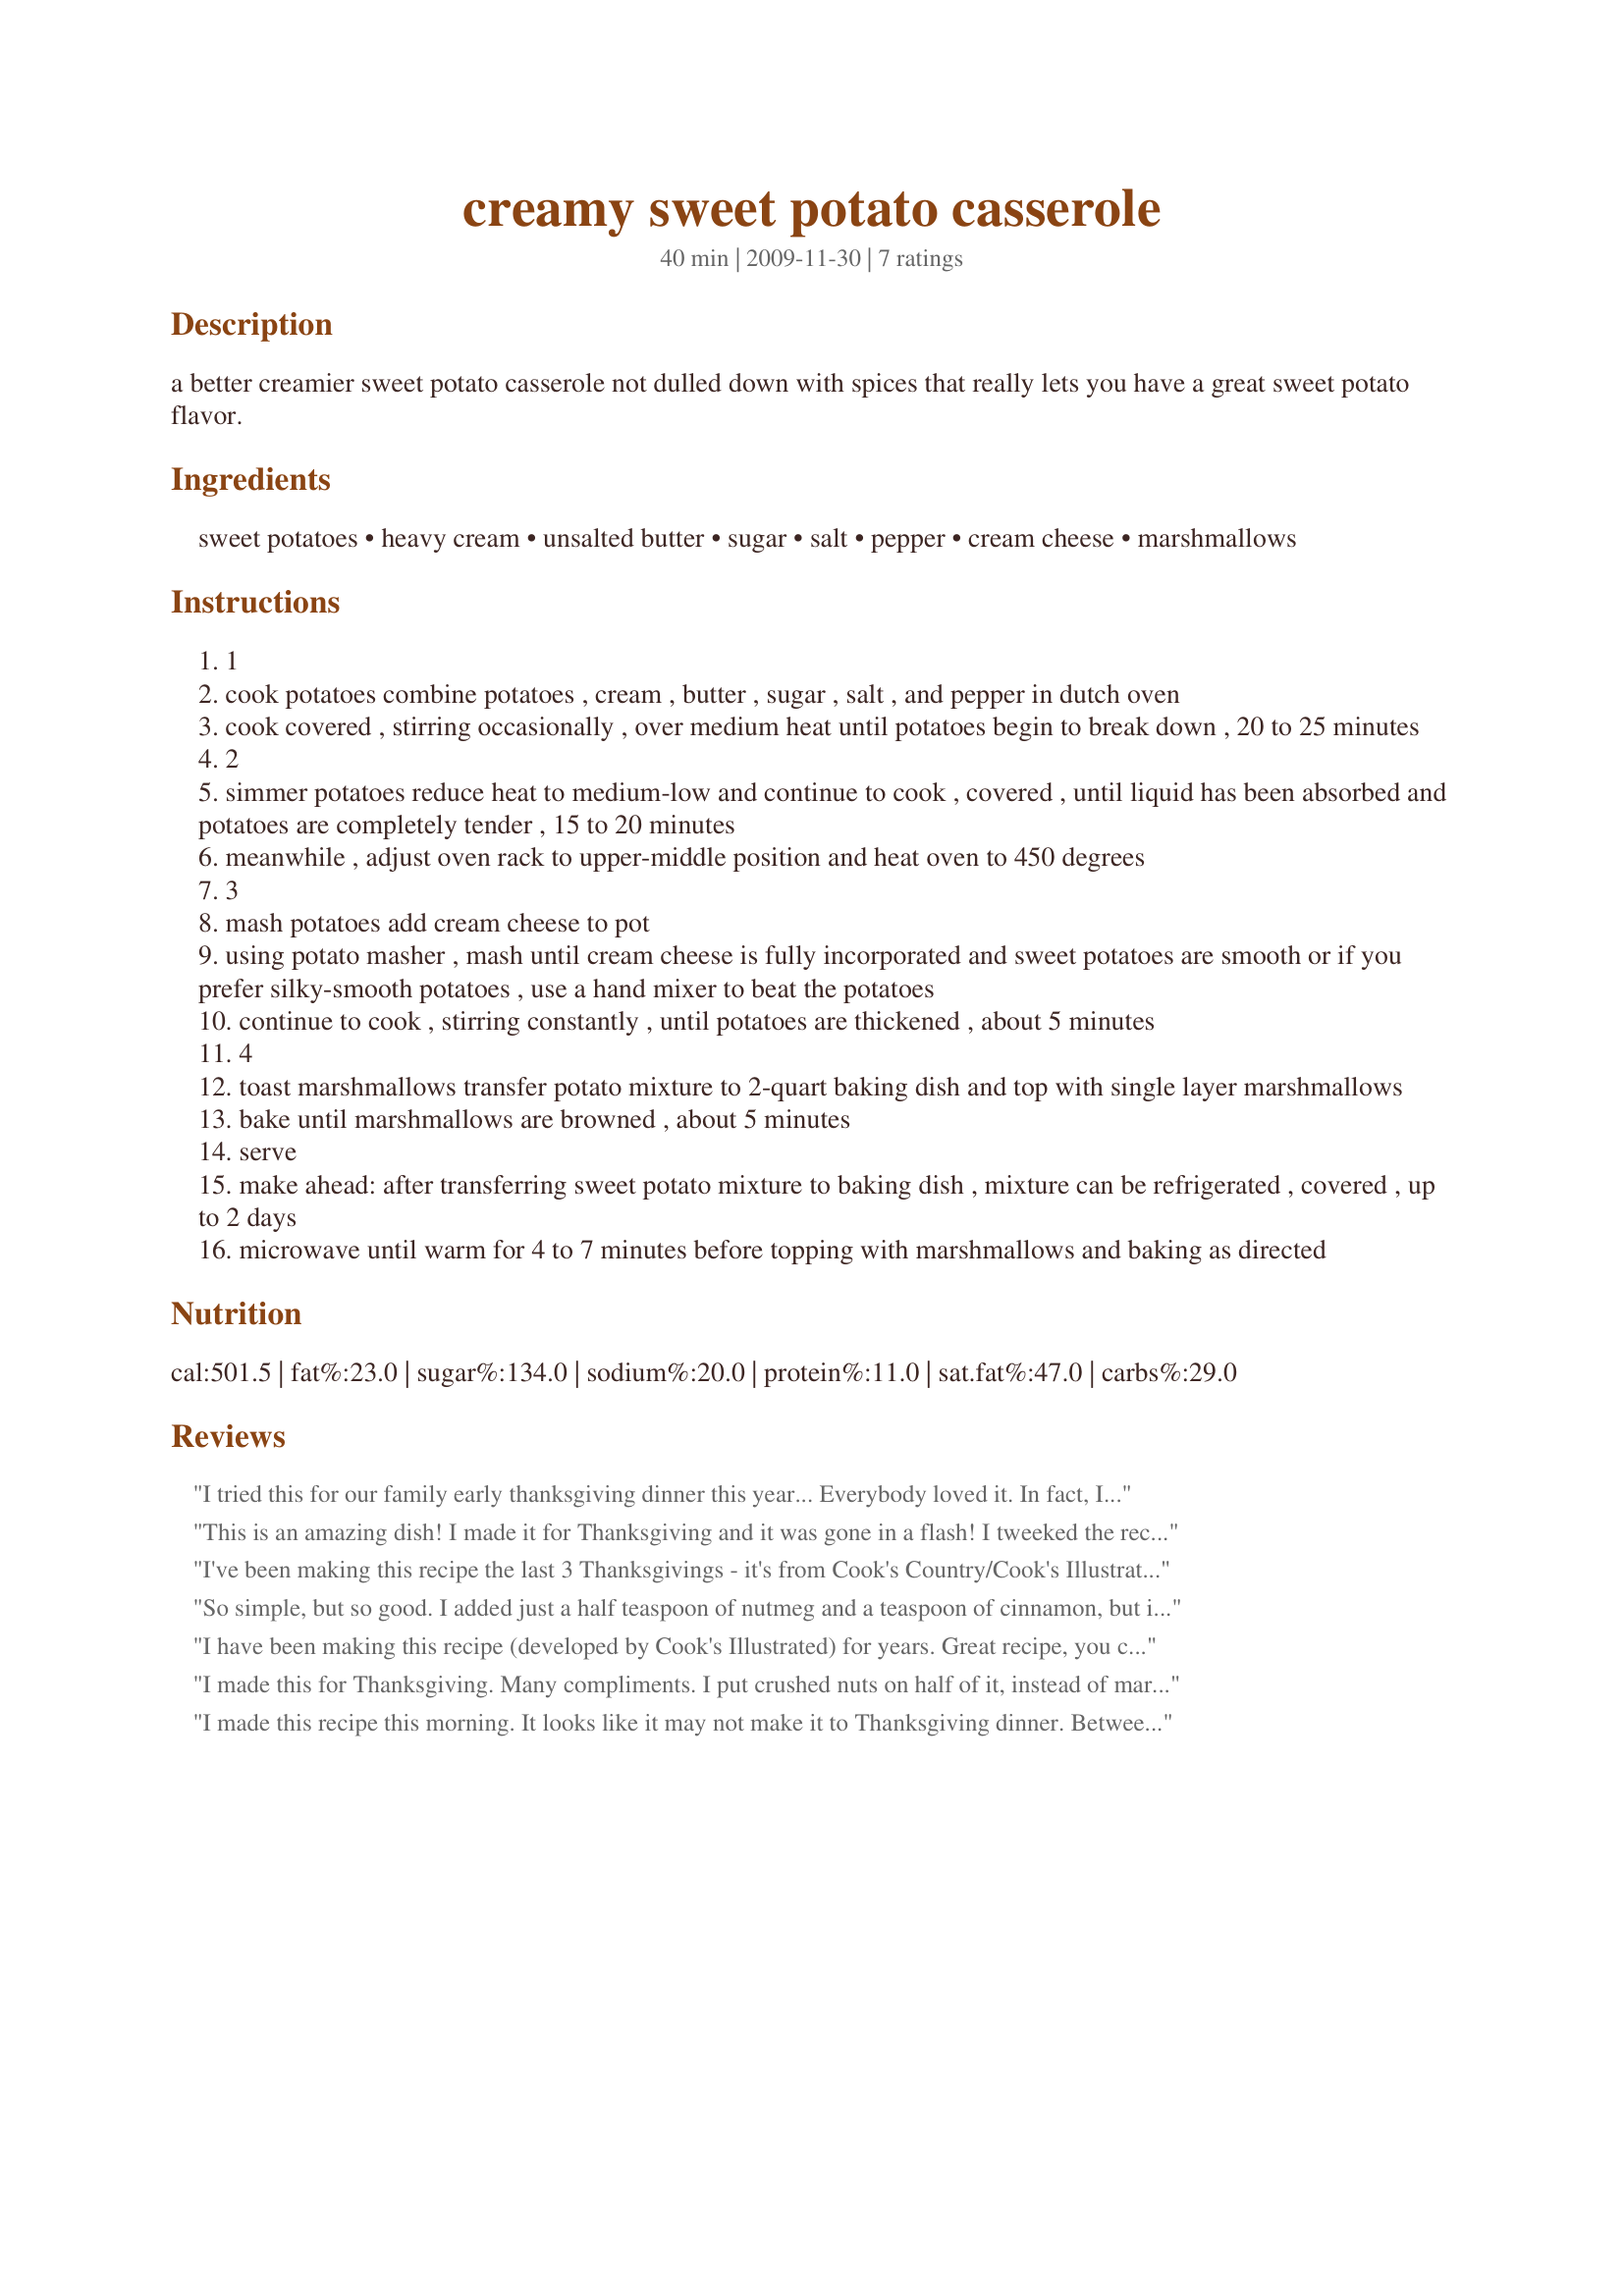
creamy sweet potato casserole
Preparation time: 40 minutes

a better creamier sweet potato casserole not dulled down with spices that really lets you have a great sweet potato flavor.

Ingredients:
sweet potatoes, heavy cream, unsalted butter, sugar, salt, pepper, cream cheese, marshmallows

Steps:
1
cook potatoes combine potatoes , cream , butter , sugar , salt , and pepper in dutch oven
cook covered , stirring occasionally , over medium heat until potatoes begin to break down , 20 to 25 minutes
2
simmer potatoes reduce heat to medium-low and continue to cook , covered , until liquid has been absorbed and potatoes are completely tender , 15 to 20 minutes
meanwhile , adjust oven rack to upper-middle position and heat oven to 450 degrees
3
mash potatoes add cream cheese to pot
using potato masher , mash until cream cheese is fully incorporated and sweet potatoes are smooth or if you prefer silky-smooth potatoes , use a hand mixer to beat the potatoes
continue to cook , stirring constantly , until potatoes are thickened , about 5 minutes
4
toast marshmallows transfer potato mixture to 2-quart baking dish and top with single layer marshmallows
bake until marshmallows are browned , about 5 minutes
serve
make ahead: after transferring sweet potato mixture to baking dish , mixture can be refrigerated , covered , up to 2 days
microwave until warm for 4 to 7 minutes before topping with marshmallows and baking as directed

Reviews:
I tried this for our family early thanksgiving dinner this year... Everybody loved it. In fact, I think this is the best recipe that I have tried so far. The cream cheese gave a unique savory, creamy, and sweet taste. Love it!
This is an amazing dish! I made it for Thanksgiving and it was gone in a flash! I tweeked the recipe just pinch. I added 4oz of cream cheese and added 1oz of peacans. My daughter (17) even said "This recipe has to go in the family cookbook and become a Holiday Tradition.
I've been making this recipe the last 3 Thanksgivings - it's from Cook's Country/Cook's Illustrated. I LOVE it - tastes like sweet potatoes instead of sugar and spice and candy!
So simple, but so good. I added just a half teaspoon of nutmeg and a teaspoon of cinnamon, but it's delicious without being overly sweet.<br/>Thanks for a great recipe! It was definitely a favorite of our Thanksgiving spread.
I have been making this recipe (developed by Cook's Illustrated) for years. Great recipe, you can't go wrong, fabulous taste. People will ask for the recipe.....
I made this for Thanksgiving. Many compliments. I put crushed nuts on half of it, instead of marshmallows for family members who were diabetic. Worked out great.
I made this recipe this morning. It looks like it may not make it to Thanksgiving dinner. Between my dad and husband the quantity keeps getting smaller and smaller. Sorry family. I did add a little cinnamon for a kick. Yummy!
